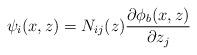
LaTeX: \begin{align*}\psi_i(x,z) = N_{ij}(z) {\partial \phi_b(x,z) \over \partial z_j}\end{align*}